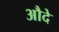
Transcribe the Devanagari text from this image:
औदे